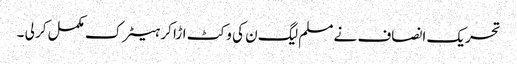
تحریک انصاف نے مسلم لیگ ن کی وکٹ اڑا کر ہیٹرک مکمل کر لی ۔